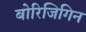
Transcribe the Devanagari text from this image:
बोरिजिगिन